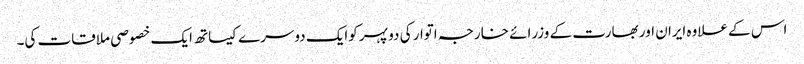
اس کے علاوہ ایران اور بھارت کے وزرائے خارجہ اتوار کی دو پہر کوایک دوسرے کیساتھ ایک خصوصی ملاقات کی۔